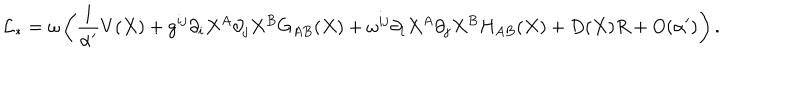
LaTeX: { \cal L } _ { \ast } = \omega \left( \frac 1 { \alpha ^ { \prime } } V ( X ) + g ^ { i j } \partial _ { i } X ^ { A } \partial _ { j } X ^ { B } G _ { A B } ( X ) + \omega ^ { i j } \partial _ { i } X ^ { A } \partial _ { j } X ^ { B } H _ { A B } ( X ) + D ( X ) R + O ( \alpha ^ { \prime } ) \right) .